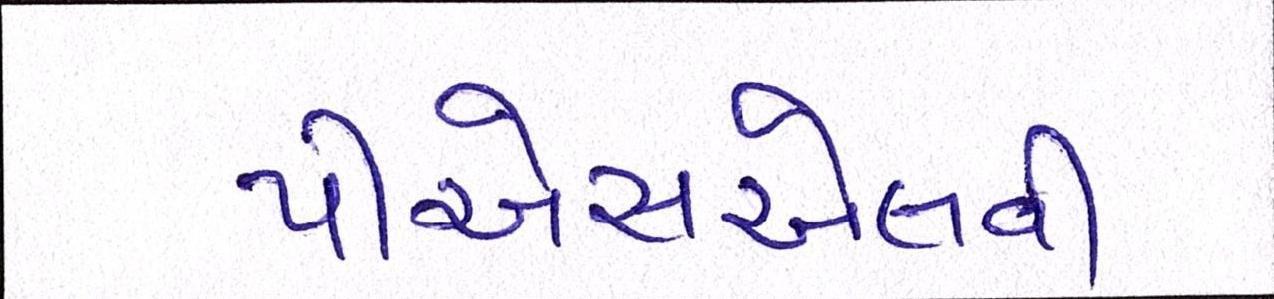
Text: પીએસએલવી